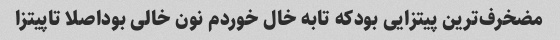
مضخرف‌ترین پیتزایی بودکه تابه خال خوردم نون خالی بوداصلا تاپیتزا